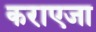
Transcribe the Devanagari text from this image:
कराएजा